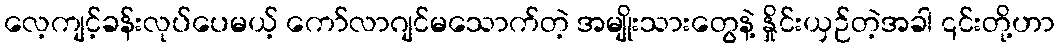
လေ့ကျင့်ခန်းလုပ်ပေမယ့် ကော်လာဂျင်မသောက်တဲ့ အမျိုးသားတွေနဲ့ နှိုင်းယှဉ်တဲ့အခါ ၎င်းတို့ဟာ